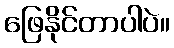
ဖြေနိုင်တာပါပဲ။